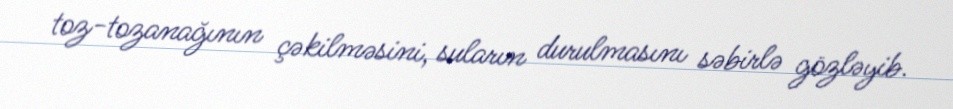
toz-tozanağının çəkilməsini, suların durulmasını səbirlə gözləyib.